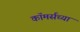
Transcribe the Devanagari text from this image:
कॉमर्सच्या